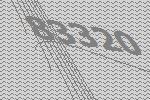
83320